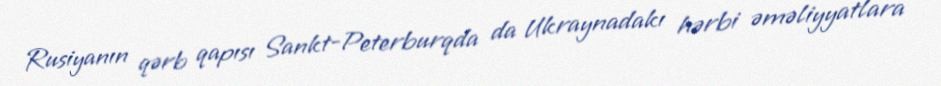
Rusiyanın qərb qapısı Sankt-Peterburqda da Ukraynadakı hərbi əməliyyatlara